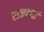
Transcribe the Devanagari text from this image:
राजकर्म